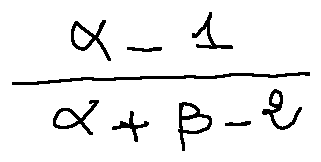
\frac { \alpha - 1 } { \alpha + \beta - 2 }